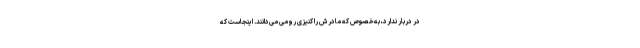
در دربار ندارد، به‌خصوص که مادرش را کنیزی رومی می‌دانند. اینجاست که